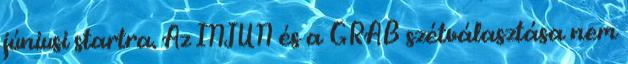
júniusi startra. Az INJUN és a GRAB szétválasztása nem